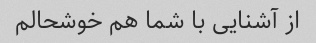
از آشنایی با شما هم خوشحالم